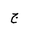
Letter: _gim